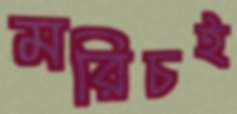
মরিচই